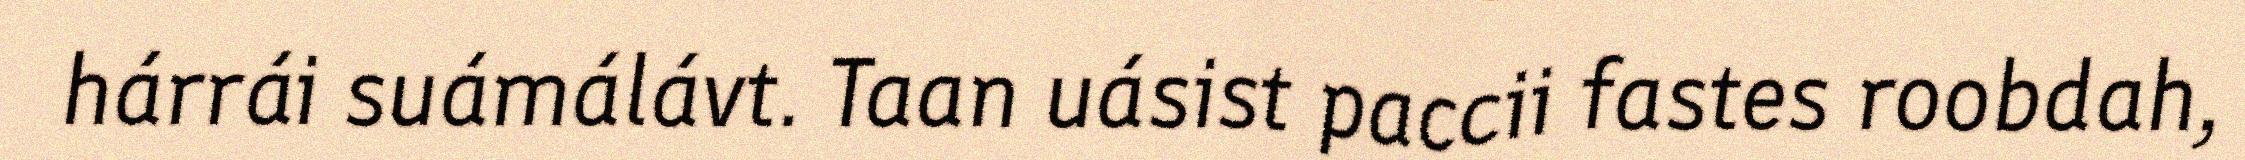
hárrái suámálávt. Taan uásist paccii fastes roobdah,